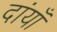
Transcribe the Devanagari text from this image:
दांयाँ